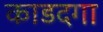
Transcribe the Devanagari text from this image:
काडदगा